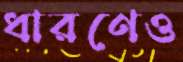
ধারণেও